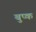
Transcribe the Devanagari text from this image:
बुप्क